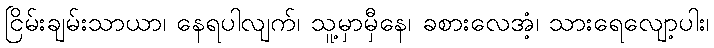
ငြိမ်းချမ်းသာယာ၊ နေရပါလျက်၊ သူ့မှာမှီနေ၊ ခစားလေအံ့၊ သားရေလျော့ပါး၊